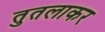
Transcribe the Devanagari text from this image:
तुतलाकर